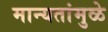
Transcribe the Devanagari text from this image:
मान्यतांमुळे